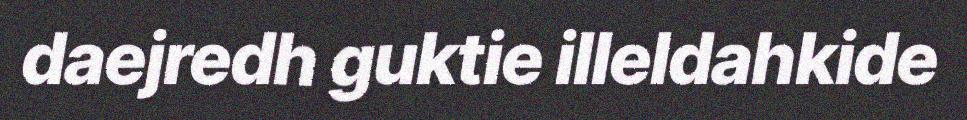
daejredh guktie illeldahkide